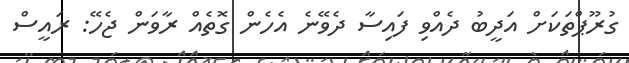
ގުރޫޕްތަކަށް އަދީބު ދެއްވި ފައިސާ ދެވޭނެ އެހެން ގޮތެއް ރާވަން ޖެހޭ: ރައީސް